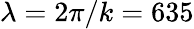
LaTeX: \lambda=2\pi/k=635